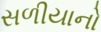
સળીયાનો